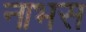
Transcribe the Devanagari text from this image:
नाभस